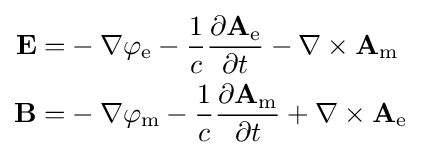
{\begin{aligned}\mathbf {E} =&-\nabla \varphi _{\mathrm {e} }-{\frac {1}{c}}{\frac {\partial \mathbf {A} _{\mathrm {e} }}{\partial t}}-\nabla \times \mathbf {A} _{\mathrm {m} }\\\mathbf {B} =&-\nabla \varphi _{\mathrm {m} }-{\frac {1}{c}}{\frac {\partial \mathbf {A} _{\mathrm {m} }}{\partial t}}+\nabla \times \mathbf {A} _{\mathrm {e} }\\\end{aligned}}